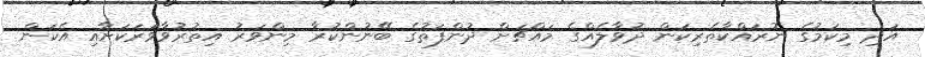
އަދި މިކަމުގެ ނުރައްކާތެރިކަން ދުވާލެއްގެ މައްޗަށް ދުންފަތުގެ ބޭނުންކުރާ މިންވަރު އިތުރުވާވަރަކަށާއި އެކަން